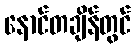
နောင်တချိန်တွင်